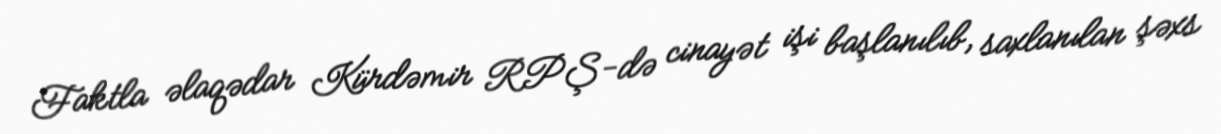
Faktla əlaqədar Kürdəmir RPŞ-də cinayət işi başlanılıb, saxlanılan şəxs